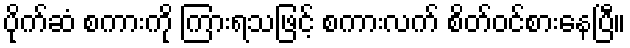
ပိုက်ဆံ စကားကို ကြားရသဖြင့် စကားလက် စိတ်ဝင်စားနေပြီ။